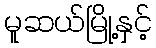
မူဆယ်မြို့နှင့်